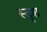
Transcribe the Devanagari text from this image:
स्दृश